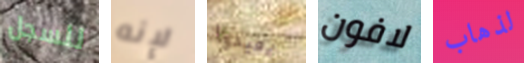
للسجل لإنه يعيدوا لافون لذهاب